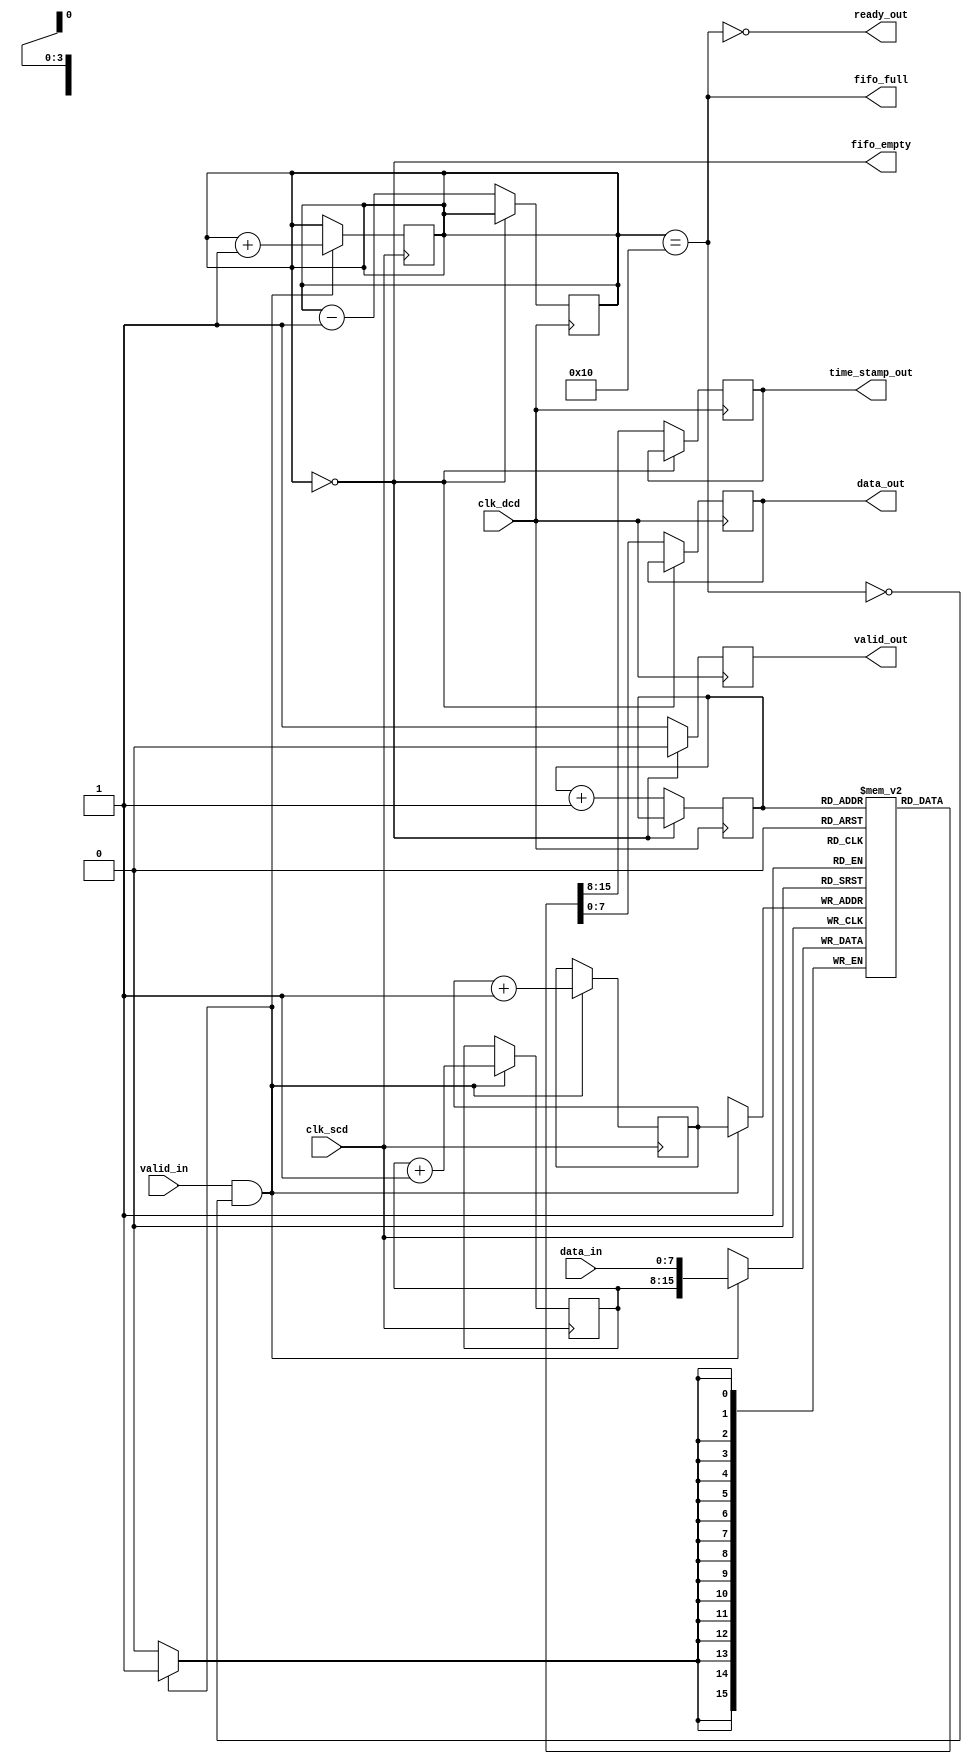
module memory_blocks_time_stamped_synchronizer #(
    parameter DATA_WIDTH = 8,
    parameter TIME_STAMP_WIDTH = 8,
    parameter FIFO_DEPTH = 16
)(
    input  wire                     clk_scd,          // Source Clock Domain
    input  wire                     clk_dcd,          // Destination Clock Domain
    input  wire [DATA_WIDTH-1:0]   data_in,          // Data input from SCD
    input  wire                     valid_in,         // Valid signal for input data
    output wire                     ready_out,        // Indicate ready to accept data
    output reg [DATA_WIDTH-1:0]    data_out,         // Synchronized Data output
    output reg [TIME_STAMP_WIDTH-1:0] time_stamp_out, // Synchronized Time-stamp output
    output reg                     valid_out,         // Valid signal for output data
    output wire                     fifo_full,        // FIFO Full indicator
    output wire                     fifo_empty        // FIFO Empty indicator
);

// FIFO buffer definitions
reg [DATA_WIDTH + TIME_STAMP_WIDTH - 1:0] fifo_mem [0:FIFO_DEPTH-1];
reg [$clog2(FIFO_DEPTH)-1:0] write_ptr, read_ptr;
reg [FIFO_DEPTH:0] count;

assign fifo_full  = (count == FIFO_DEPTH);
assign fifo_empty = (count == 0);
assign ready_out  = ~fifo_full;

// Time-stamp generator
reg [TIME_STAMP_WIDTH-1:0] time_stamp;

// Write Logic in the Source Clock Domain
always @(posedge clk_scd) begin
    if (valid_in && !fifo_full) begin
        time_stamp <= time_stamp + 1; // Increment time stamp
        fifo_mem[write_ptr] <= {time_stamp, data_in}; // Store time-stamp and data
        write_ptr <= write_ptr + 1;
        count <= count + 1;
    end
end

// Read Logic in the Destination Clock Domain
always @(posedge clk_dcd) begin
    if (!fifo_empty) begin
        {time_stamp_out, data_out} <= fifo_mem[read_ptr]; // Read time-stamp and data
        read_ptr <= read_ptr + 1;
        valid_out <= 1;
        count <= count - 1;
    end else begin
        valid_out <= 0; // Invalidate output if FIFO is empty
    end
end

endmodule